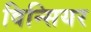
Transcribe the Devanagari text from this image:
विन्सियर